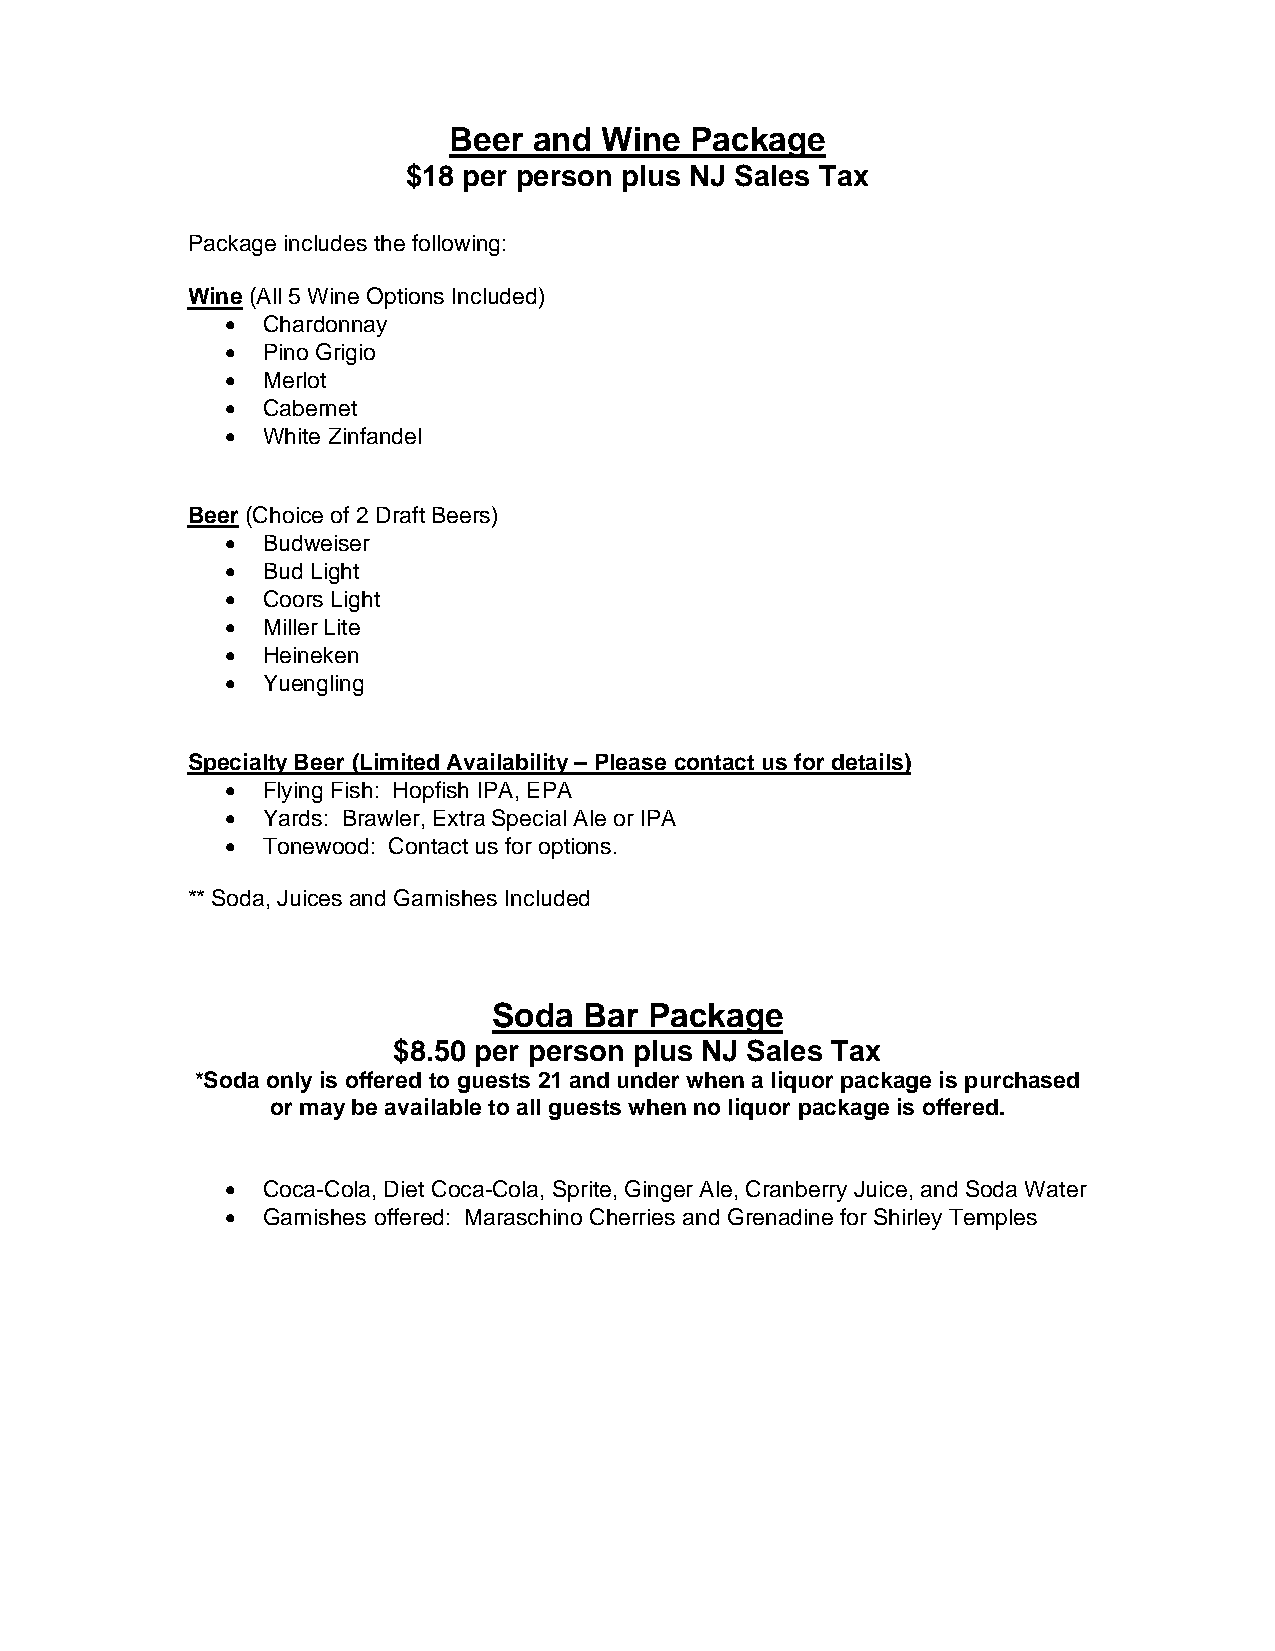
Beer and  Wine  Package
 $18 per person plus NJ Sales Tax
 Package includes the following:
 Wine (All 5 Wine Options Included)
 • Chardonnay
 • Pino Grigio
 • Merlot
 • Cabernet
 • White Zinfandel
 Beer (Choice of 2 Draft Beers)
 • Budweiser
 • Bud Light
 • Coors Light
 • Miller Lite
 • Heineken
 • Yuengling
 Specialty Beer (Limited Availability – Please contact us for details)
 • Flying Fish: Hopfish IPA, EPA
 • Yards: Brawler, Extra Special Ale or IPA
 • Tonewood: Contact us for options.
 ** Soda, Juices and Garnishes Included
 Soda  Bar Package
 $8.50 per person plus NJ Sales Tax
 *Soda only is offered to guests 21 and under when a liquor package is purchased
 or may be available to all guests when no liquor package is offered.
 • Coca-Cola, Diet Coca-Cola, Sprite, Ginger Ale, Cranberry Juice, and Soda Water
 • Garnishes offered: Maraschino Cherries and Grenadine for Shirley Temples